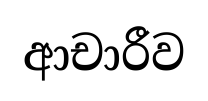
ආචාරීව